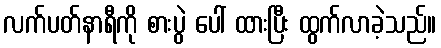
လက်ပတ်နာရီကို စားပွဲ ပေါ် ထားပြီး ထွက်လာခဲ့သည်။